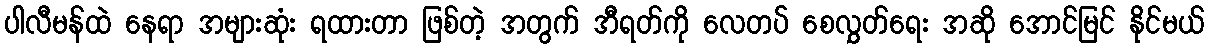
ပါလီမန်ထဲ နေရာ အများဆုံး ရထားတာ ဖြစ်တဲ့ အတွက် အီရတ်ကို လေတပ် စေလွှတ်ရေး အဆို အောင်မြင် နိုင်မယ်